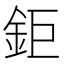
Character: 鉅